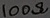
Text: 100Ω